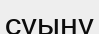
суыну